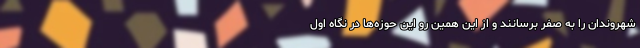
شهروندان را به صفر برسانند و از این همین رو این حوزه‌ها در نگاه اول